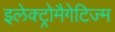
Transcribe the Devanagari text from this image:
इलेक्ट्रोमैगेटिज्म